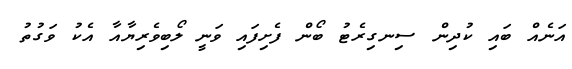
އަނެއް ބައި ކުދިން ސިނގިރެޓު ބޯން ފެށިފައި ވަނީ ލޯބިވެރިޔާއާ އެކު ވަގުތު